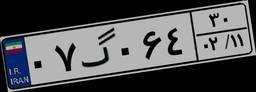
۰۷گ۰۶۴۳۰